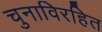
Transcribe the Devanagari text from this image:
चुनाविरहित